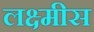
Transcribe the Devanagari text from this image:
लक्ष्मीस